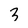
Character: 3